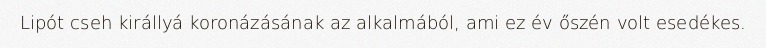
Lipót cseh királlyá koronázásának az alkalmából, ami ez év őszén volt esedékes.